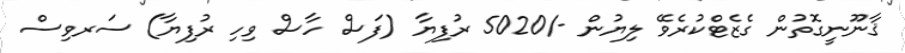
ޤާނޫނީގޮތުން ގެޒެޓްކުރެވޭ ލިޔުން -/5020 ރުފިޔާ (ފަސް ހާސް ވިހި ރުފިޔާ) ސަރވިސް